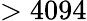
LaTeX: >4094